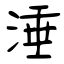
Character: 涶